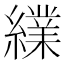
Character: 䌜